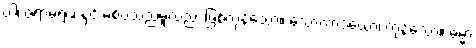
ဝါ၊ ဇရာမရဏနှင့် မစပ်သည်မူလည်း ဖြစ်ကုန်သော။ သောကာဒယော၊ ကုန်သော။ ဓမ္မာ